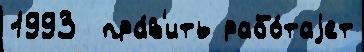
1993  пра́в'ить рабо́таjет